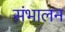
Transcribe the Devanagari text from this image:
संभालन